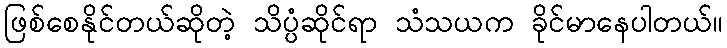
ဖြစ်စေနိုင်တယ်ဆိုတဲ့ သိပ္ပံဆိုင်ရာ သံသယက ခိုင်မာနေပါတယ်။